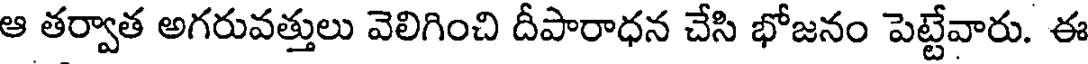
ఆ తర్వాత అగరువత్తులు వెలిగించి దీపారాధన చేసి భోజనం పెట్టేవారు. ఈ